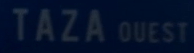
TAZA OUEST